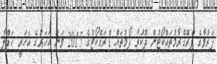
ފަރުވާގެ ޕްރޮގްރާމުތައްކޯޓުން ދޫކުރާ ފޯމުތައް ޑްރަގްކޯޓުގެ 2015 ވަނަ އަހަރުގެ އަހަރީ ޙަފްލާ